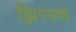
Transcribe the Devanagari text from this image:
झिरपणे